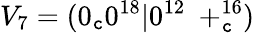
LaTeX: V_{7}=(0_{\mathtt{c}}0^{18}|0^{12}\ +_{\mathtt{c}}^{16})